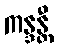
ကန္ဒန္တီ